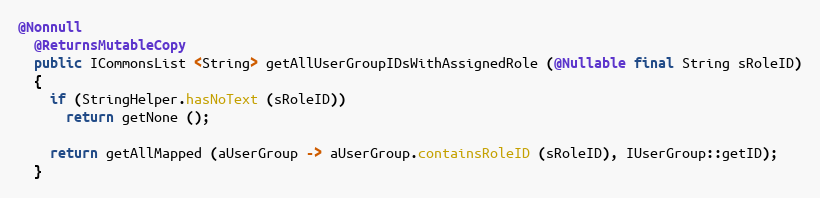
Language: Java
@Nonnull
  @ReturnsMutableCopy
  public ICommonsList <String> getAllUserGroupIDsWithAssignedRole (@Nullable final String sRoleID)
  {
    if (StringHelper.hasNoText (sRoleID))
      return getNone ();

    return getAllMapped (aUserGroup -> aUserGroup.containsRoleID (sRoleID), IUserGroup::getID);
  }